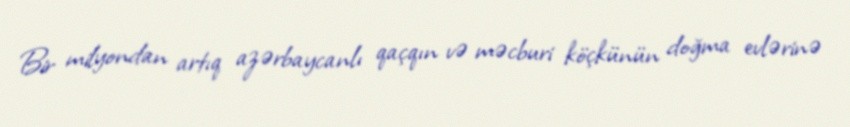
Bir milyondan artıq azərbaycanlı qaçqın və məcburi köçkünün doğma evlərinə